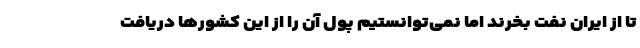
تا از ایران نفت بخرند اما نمی‌توانستیم پول آن را از این کشورها دریافت